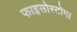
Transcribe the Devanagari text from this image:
फाइसोस्टोमा